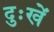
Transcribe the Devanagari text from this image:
दुःखें